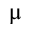
\upmu